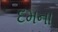
દમના